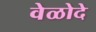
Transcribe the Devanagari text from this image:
वेळोदे